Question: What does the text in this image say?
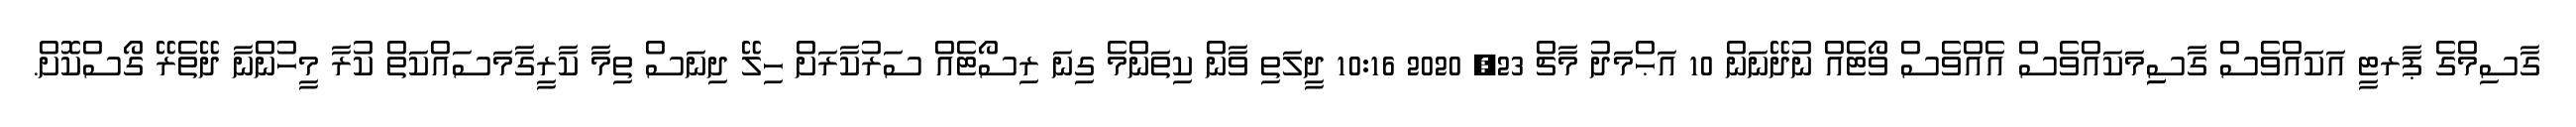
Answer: ގާސިމްގެ ޕާރޓީ އަކައްވެސް ގާސިިމަކައްވެސް އެއްވެސް ވޯޓެއް ނުދޭނަން 10 އަޙްމަދު މާޗް 23, 2020 10:16 ދީލަތި ވާން ކިތަންމެ ގިނަ ރިސޯޓެއް ސަރުކާރަށް ހިލޭ ދިނަސް ތިމާ ކާރީގާމަސައްކަތް ކުރާ މީހުންނާ ދޭތެރޭ ގޯސްކޮށް.